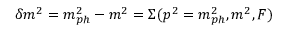
\delta m ^ { 2 } = m _ { p h } ^ { 2 } - m ^ { 2 } = \Sigma ( p ^ { 2 } = m _ { p h } ^ { 2 } , m ^ { 2 } , F )